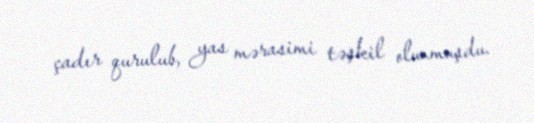
çadır qurulub, yas mərasimi təşkil olunmuşdu.